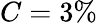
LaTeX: C=3\%